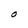
Character: O